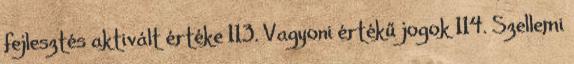
fejlesztés aktivált értéke 113. Vagyoni értékű jogok 114. Szellemi